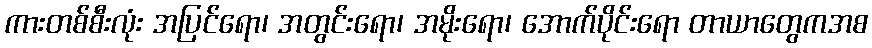
ကားတစ်စီးလုံး အပြင်ရော၊ အတွင်းရော၊ အမိုးရော၊ အောက်ပိုင်းရော တာယာတွေကအစ